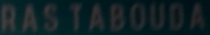
RAS TABOUDA